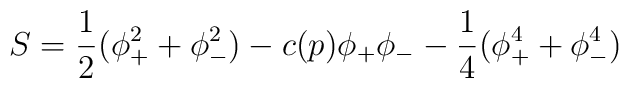
S = { 1 \over 2} (\phi_+^2 + \phi_-^2) - c(p) \phi_+ \phi_-  - {1 \over 4}(\phi_+^4 + \phi_-^4)